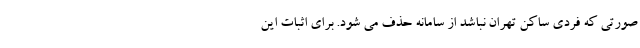
صورتی که فردی ساکن تهران نباشد از سامانه حذف می شود. برای اثبات این